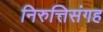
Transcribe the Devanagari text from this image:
निरुत्तिसंगह